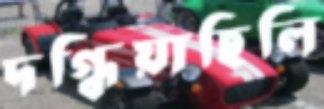
দগ্ধিয়াছিলি